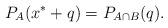
LaTeX: \begin{align*}P_{A}(x^{*}+q)=P_{A\cap B}(q).\end{align*}